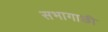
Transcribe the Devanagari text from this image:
सभागाछी